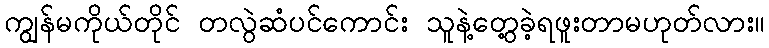
ကျွန်မကိုယ်တိုင် တလွဲဆံပင်ကောင်း သူနဲ့တွေ့ခဲ့ရဖူးတာမဟုတ်လား။